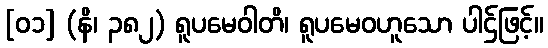
[၀၁] (နိ၊ ၃၈၂) ရူပမေဝါတိ၊ ရူပမေဝဟူသော ပါဌ်ဖြင့်။